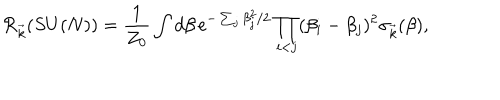
LaTeX: { \cal R } _ { \vec { k } } ( S U ( N ) ) = { \frac { 1 } { Z _ { 0 } } } \int d \beta \, \mathrm { e } ^ { - \sum _ { j } \beta _ { j } ^ { 2 } / 2 } \prod _ { i < j } ( \beta _ { i } - \beta _ { j } ) ^ { 2 } \sigma _ { \vec { k } } ( \beta ) ,